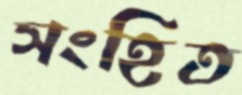
সংহিত